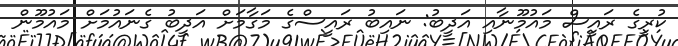
ކުރީގެ ރައީސް މައުމޫނާއި އަދީބު: ނައިބު ރައީސްގެ މަގާމަށް އަދީބު ގެނައުމަށް މައުމޫން